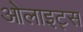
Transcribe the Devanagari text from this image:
ओलाइट्स